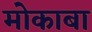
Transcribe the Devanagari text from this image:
मोकाबा